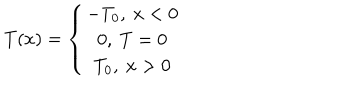
T ( x ) = \left\{ \begin{array} { c c c } { { - T _ { 0 } , \ x < 0 } } \\ { { 0 , \ T = 0 } } \\ { { T _ { 0 } , \ x > 0 } } \\ \end{array} \right.